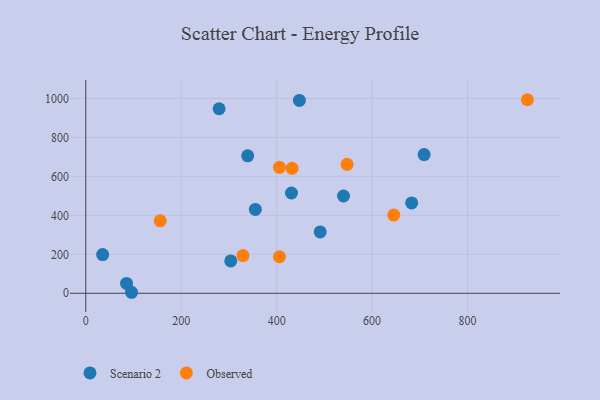
{"axis": {"x": "Investment", "y": "Demand"}, "legend": ["Observed", "Scenario 2"], "data": [{"x": "491.2", "y": 314.8, "type": "Scenario 2"}, {"x": "95.9", "y": 5.1, "type": "Scenario 2"}, {"x": "85.4", "y": 50.7, "type": "Scenario 2"}, {"x": "709.0", "y": 711.7, "type": "Scenario 2"}, {"x": "431.0", "y": 514.7, "type": "Scenario 2"}, {"x": "355.3", "y": 430.3, "type": "Scenario 2"}, {"x": "339.3", "y": 705.4, "type": "Scenario 2"}, {"x": "447.6", "y": 989.7, "type": "Scenario 2"}, {"x": "303.8", "y": 166.2, "type": "Scenario 2"}, {"x": "279.4", "y": 947.1, "type": "Scenario 2"}, {"x": "35.3", "y": 198.4, "type": "Scenario 2"}, {"x": "682.9", "y": 463.8, "type": "Scenario 2"}, {"x": "540.1", "y": 499.3, "type": "Scenario 2"}, {"x": "645.4", "y": 401.5, "type": "Observed"}, {"x": "925.4", "y": 993.4, "type": "Observed"}, {"x": "405.8", "y": 187.5, "type": "Observed"}, {"x": "329.4", "y": 193.5, "type": "Observed"}, {"x": "405.9", "y": 646.3, "type": "Observed"}, {"x": "547.6", "y": 661.8, "type": "Observed"}, {"x": "432.4", "y": 641.1, "type": "Observed"}, {"x": "156.0", "y": 371.8, "type": "Observed"}]}